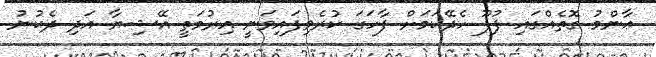
ޢާންމު ގޮތެއްގައި ފުފޫ ހެދޭކަމަށް ފާހަގަ ކުރެވިފައިވަނީ އިރުމަތީ އޭޝިޔާ އަދި ދެކުނު